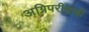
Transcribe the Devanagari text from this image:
अग्निपरीक्षाही